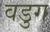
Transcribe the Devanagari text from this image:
वडुग